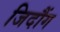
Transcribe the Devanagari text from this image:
जिदौंग